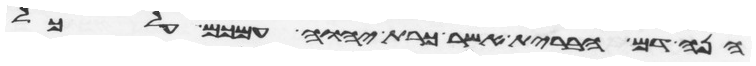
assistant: הנה דם הברית אשר כרת יהוה עמכם על כל